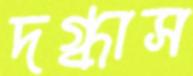
দগ্ধাস